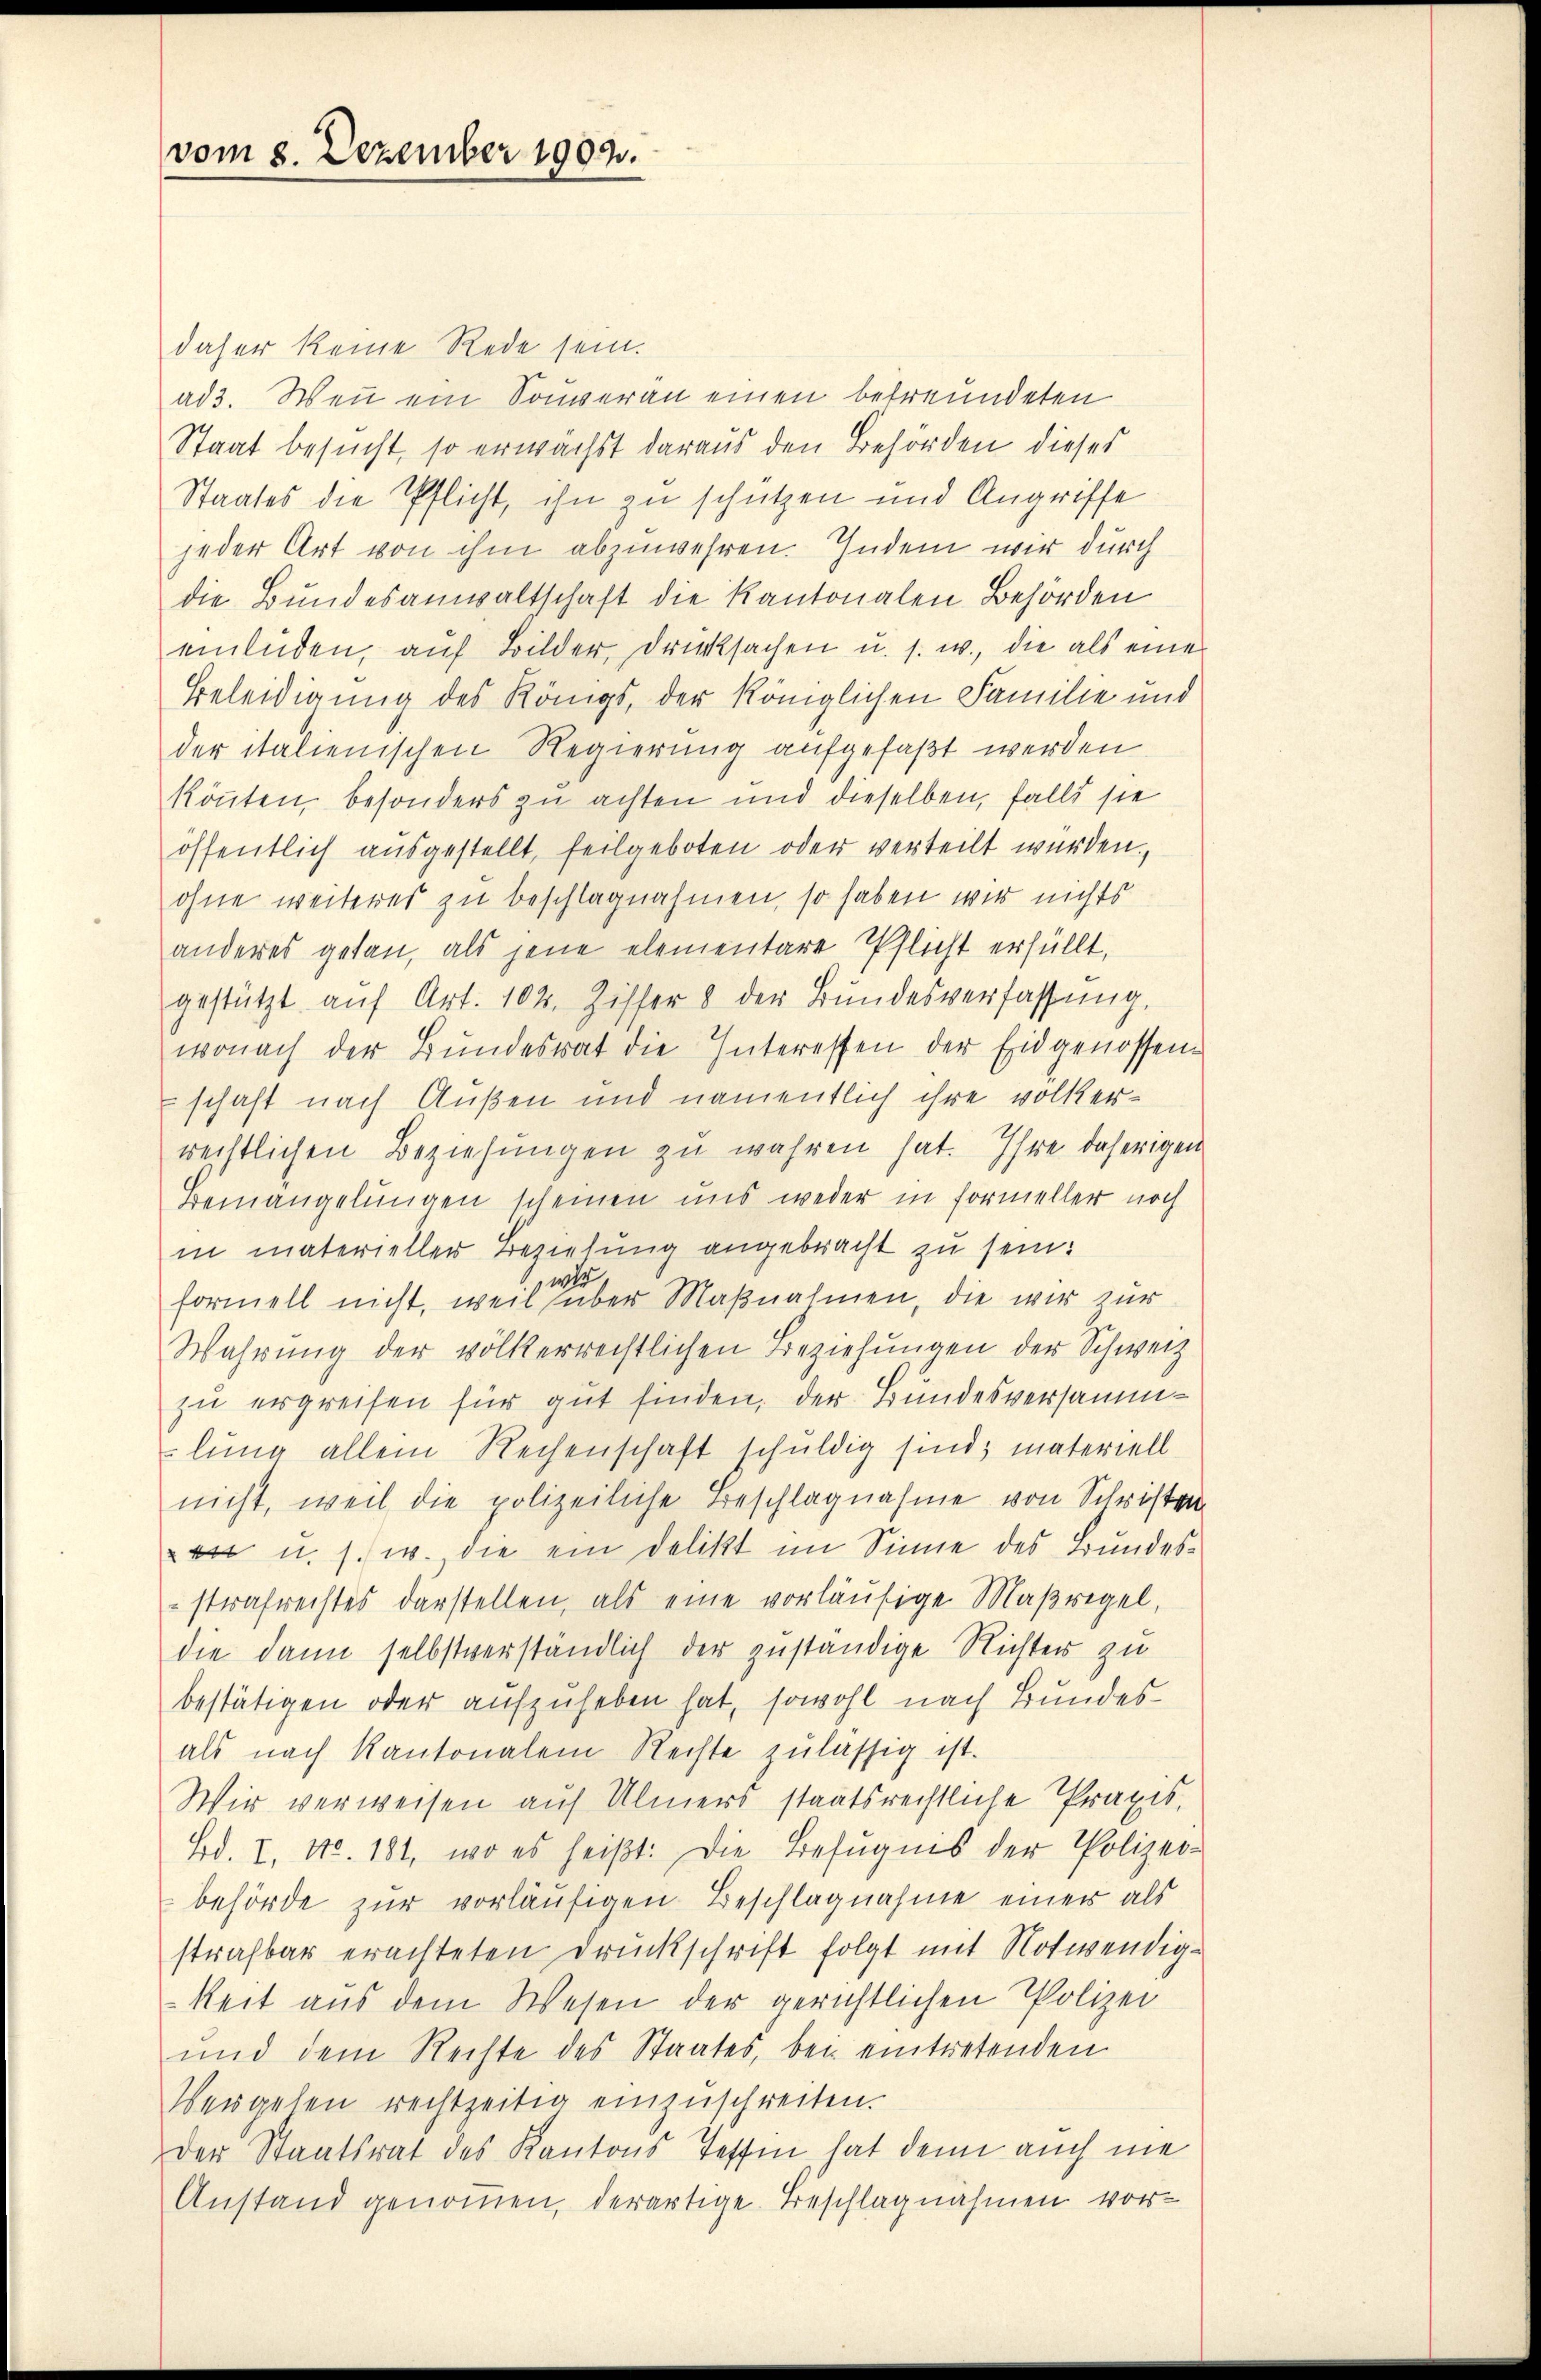
vom 8. Dezember 1902.

daher keine Rede sein.
ad 3. Wenn ein Souveran einen befreundeten
Staat besucht, so erwächst daraus den Behörden dieses
Staates die Pflicht, ihn zu schützen und Angriffe
jeder Art von ihm abzuwehren. Indem wir durch
die Bundesanwaltschaft die Kantonalen Behörden
mladen, auf Bilder, drucksachen u. s. w., die als eine
Beleidigung des Königs, der Königlichen Familie und
der italienischen Regierung aufgefaßt werden.
könnten, besonders zu achten und dieselben, falls sie
öffentlich ausgestellt, feilgeboten oder verteilt würden.
ohne weiterer zu beschlagnahmen, so haben wir nichts
anderes getan, als jene elementare Pflicht erfüllt,
gestützt aŭf Art. 102. Ziffer 8 der Bŭndesverfassŭng,
wonach der Bundesrat die Interessen der Eidgenossenschaft nach Außen und namentlich ihre volkerrechtlichen Beziehungen zu wahren hat. Ihre daherigen
Bemängelungen scheinen uns weder in Formeller noch
in materieller Beziehung angebracht zu sein.
formell nicht, weil aber Maßnahmen, die wir zur
Wahrung der völkerrechtlichen Beziehungen der Schweiz
zu ergreifen für gut finden, der Bundesversammlung allein Rechenschaft schuldig sind, materiell
nicht, weil die polizeiliche Beschlagnahme von Schristan
 u. s. w. die ein Delikt im Sinne des Bundesstrafrechtes darstellen, als eine vorläufige Maßregel,
die dann selbstverständlich der zuständige Nichter zu
bestätigen oder aufzuheben hat, sowohl nach Bundesals nach Kantonalem Rechte zulässig ist.
Wir verweisen auf Ulmers staatsreistliche Praxis,
Erd. I, No. 181, wo es heißt: Die Befugnis der Polizei-
behörde zur vorläufigen Beschlagnahme einer als
strafbar erachteten Druckschrift folgt mit Notwendig-
keit aus dem Wesen der gerichtlichen Polizei
und dem Rechte des Staates, bei eintretenden
Veisgehen rechtzeitig einzuschreiten.
Der Staatsrat des Kantons Teffen, hat denn auch nie
Anstand genommen, derartige Beschlagnahmen vor¬